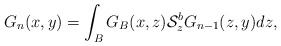
\begin{align*}G_{n}(x,y)=\int_{B}G_{B}(x,z)\mathcal{S}^{b}_{z}G_{n-1}(z,y)dz,\end{align*}